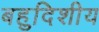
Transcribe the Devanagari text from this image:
बहुदिशीय